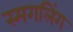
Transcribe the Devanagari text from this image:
स्मगलिंग